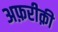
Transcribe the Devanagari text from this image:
अफ़रीक़ी